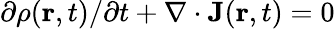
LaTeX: \partial\rho(\textbf{r},t)/\partial t+\nabla\cdot\textbf{J}(\textbf{r},t)=0